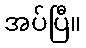
အပ်ပြီ။